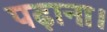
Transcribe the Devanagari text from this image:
पढ़ाना।